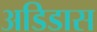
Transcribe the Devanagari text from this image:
अडिडास